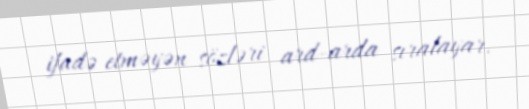
ifadə etməyən sözləri ard-arda sıralayar.